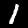
Label: 1